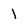
Character: 1